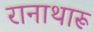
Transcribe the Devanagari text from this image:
रानाथारू